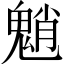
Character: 魈